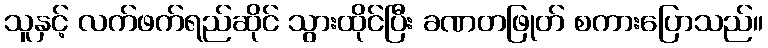
သူနှင့် လက်ဖက်ရည်ဆိုင် သွားထိုင်ပြီး ခဏတဖြုတ် စကားပြောသည်။